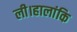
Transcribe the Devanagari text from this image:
ली।हालांकि